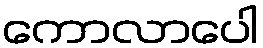
ကောလာပေါ